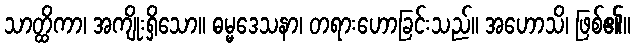
သာတ္ထိကာ၊ အကျိုးရှိသော။ ဓမ္မဒေသနာ၊ တရားဟောခြင်းသည်။ အဟောသိ၊ ဖြစ်၏။